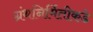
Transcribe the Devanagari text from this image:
ग्रंथनिर्मितीकडे